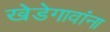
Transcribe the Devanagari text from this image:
खेडेगावांना